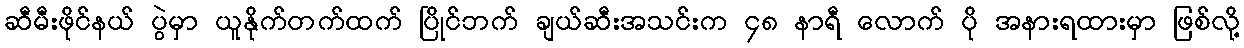
ဆီမီးဖိုင်နယ် ပွဲမှာ ယူနိုက်တက်ထက် ပြိုင်ဘက် ချယ်ဆီးအသင်းက ၄၈ နာရီ လောက် ပို အနားရထားမှာ ဖြစ်လို့